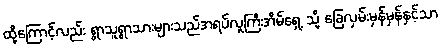
ထို့ကြောင့်လည်း ရွာသူရွာသားများသည်အရပ်လူကြီးအိမ်ရှေ့ သို့ ခြေလှမ်းမှန်မှန်နှင့်သာ